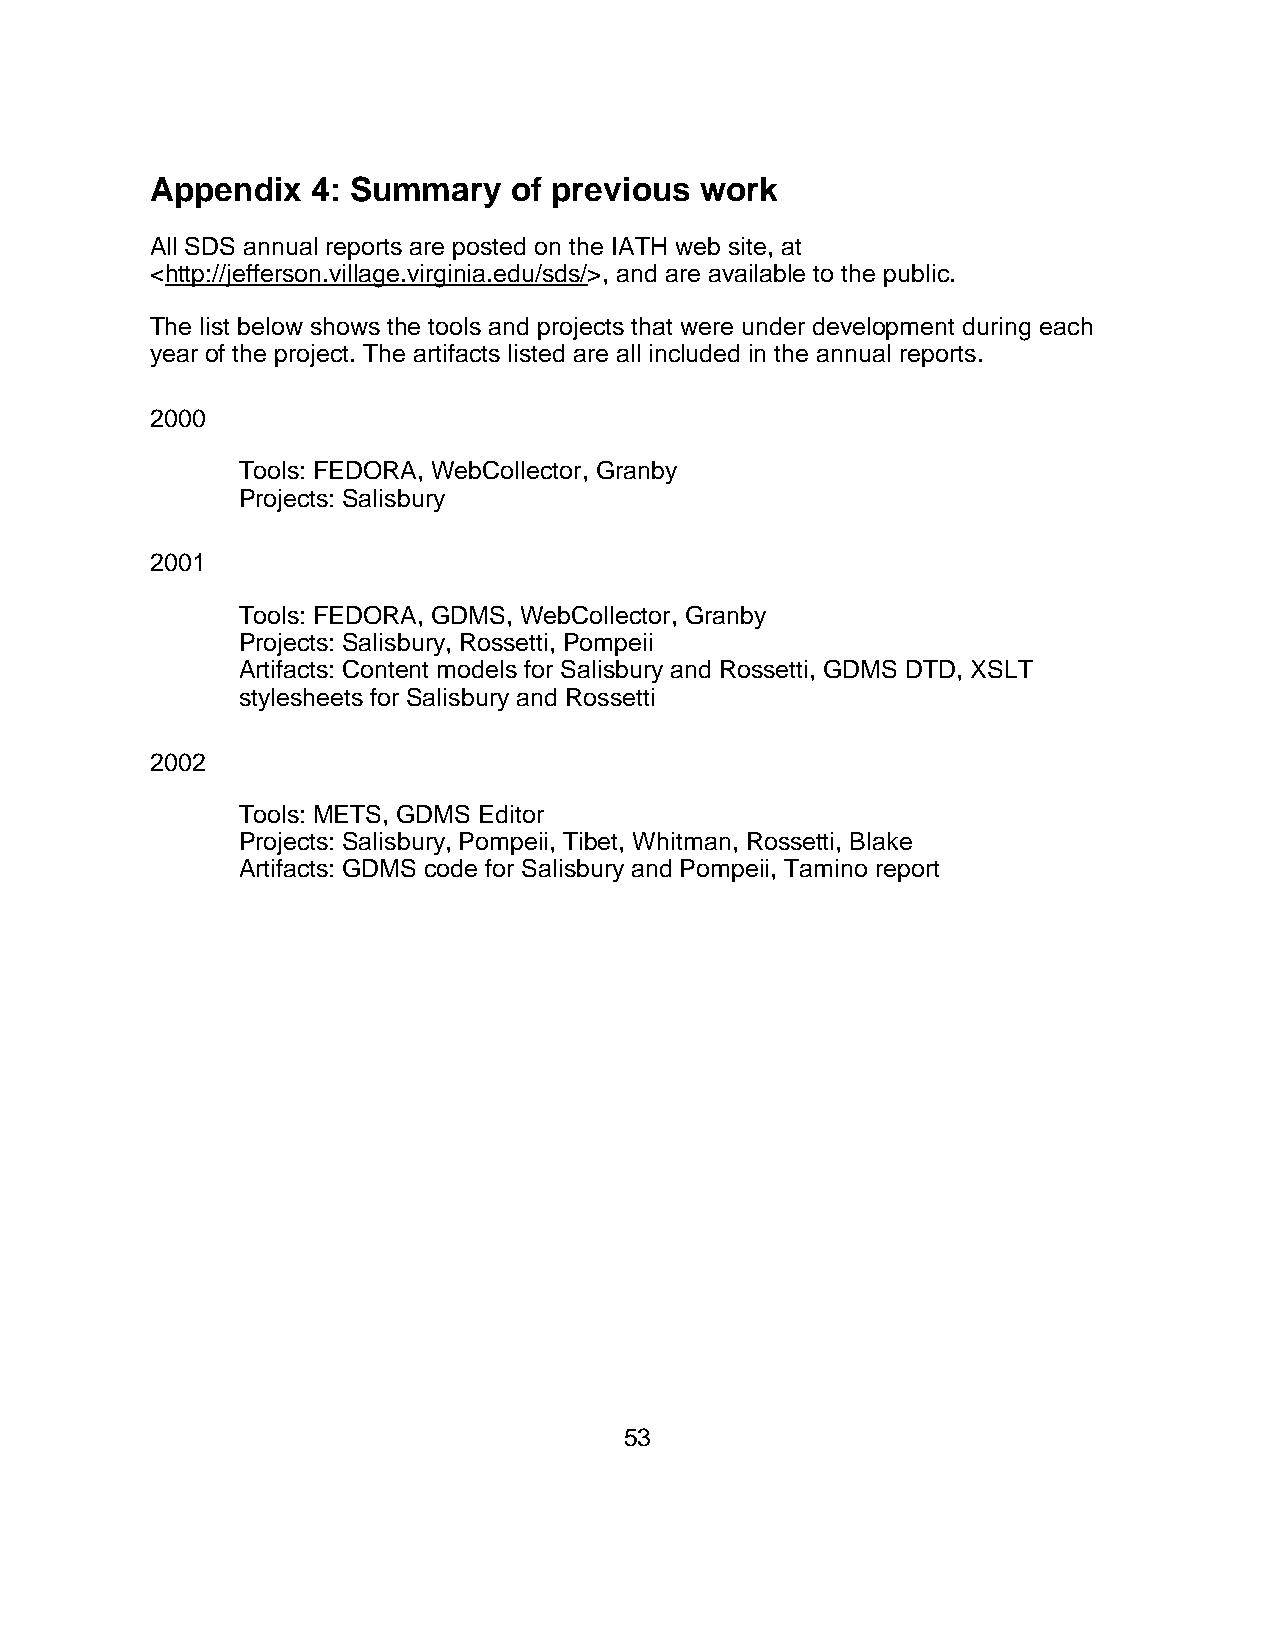
Appendix   4: Summary   of previous work
 All SDS annual reports are posted on the IATH web site, at
 <http://jefferson.village.virginia.edu/sds/>, and are available to the public.
 The list below shows the tools and projects that were under development during each
 year of the project. The artifacts listed are all included in the annual reports.
 2000
 Tools: FEDORA, WebCollector, Granby
 Projects: Salisbury
 2001
 Tools: FEDORA, GDMS, WebCollector, Granby
 Projects: Salisbury, Rossetti, Pompeii
 Artifacts: Content models for Salisbury and Rossetti, GDMS DTD, XSLT
 stylesheets for Salisbury and Rossetti
 2002
 Tools: METS, GDMS Editor
 Projects: Salisbury, Pompeii, Tibet, Whitman, Rossetti, Blake
 Artifacts: GDMS code for Salisbury and Pompeii, Tamino report
 53